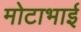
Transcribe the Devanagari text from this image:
मोटाभाई